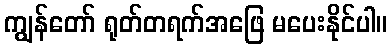
ကျွန်တော် ရုတ်တရက်အဖြေ မပေးနိုင်ပါ။